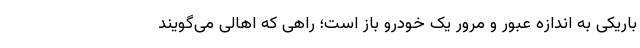
باریکی به اندازه عبور و مرور یک خودرو باز است؛ راهی که اهالی می‌گویند